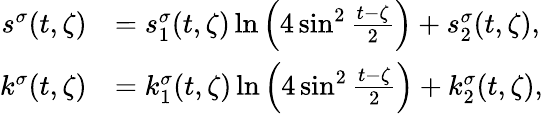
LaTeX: \begin{array}{rl}{s^{\sigma}(t,\zeta)}&{=s_{1}^{\sigma}(t,\zeta)\ln\Big(4\sin^{2}\frac{t-\zeta}{2}\Big)+s_{2}^{\sigma}(t,\zeta),}\\ {k^{\sigma}(t,\zeta)}&{=k_{1}^{\sigma}(t,\zeta)\ln\Big(4\sin^{2}\frac{t-\zeta}{2}\Big)+k_{2}^{\sigma}(t,\zeta),}\end{array}